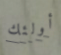
أولئك